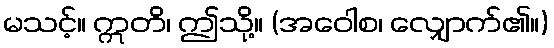
မသင့်။ ဣတိ၊ ဤသို့။ (အဝေါစ၊ လျှောက်၏။)